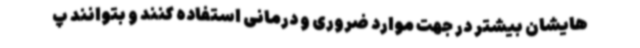
هایشان بیشتر در جهت موارد ضروری و درمانی استفاده کنند و بتوانند پ